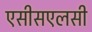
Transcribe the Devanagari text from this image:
एसीसएलसी